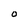
Character: O